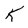
Character: K